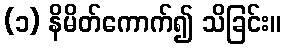
(၁) နိမိတ်ကောက်၍ သိခြင်း။